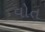
વોત